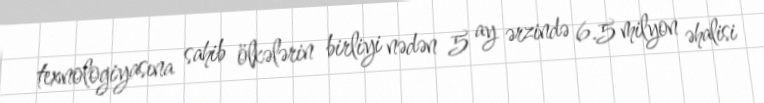
texnologiyasına sahib ölkələrin birliyi nədən 5 ay ərzində 6.5 milyon əhalisi